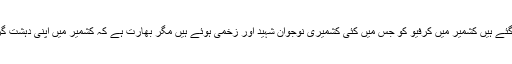
١٠٠ دن سے زیادہ گذرگئے ہیں کشمیر میں کرفیو کو جس میں کئی کشمیری نوجوان شہید اور زخمی ہوئے ہیں مگر بھارت ہے کہ کشمیر میں اپنی دہشت گردی سے باز نہیں آ رہا۔